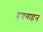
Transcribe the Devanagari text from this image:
हयवाहन